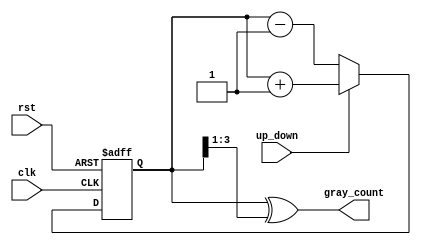
module Gray_Counter (
    input clk,
    input rst,
    input up_down,
    output reg [3:0] gray_count
    );

    reg [3:0] count_reg;

    always @(posedge clk or posedge rst) begin
        if (rst) begin
            count_reg <= 4'b0;
        end else begin
            if (up_down) begin
                count_reg <= count_reg + 1;
            end else begin
                count_reg <= count_reg - 1;
            end
        end
    end

    assign gray_count = count_reg ^ (count_reg >> 1);

endmodule